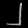
Digit: ၂